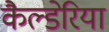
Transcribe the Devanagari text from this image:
कैल्डेरिया